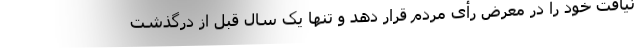
نیافت خود را در معرض رأی مردم قرار دهد و تنها یک سال قبل از درگذشت